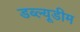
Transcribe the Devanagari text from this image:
डब्ल्यूडीम